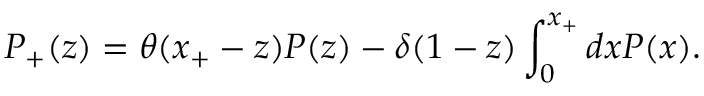
P _ { + } ( z ) = \theta ( x _ { + } - z ) P ( z ) - \delta ( 1 - z ) \int _ { 0 } ^ { x _ { + } } d x P ( x ) .